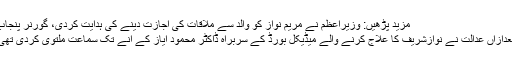
مزید پڑھیں: وزیراعظم نے مریم نواز کو والد سے ملاقات کی اجازت دینے کی ہدایت کردی، گورنر پنجاب
بعدازاں عدالت نے نوازشریف کا علاج کرنے والے میڈیکل بورڈ کے سربراہ ڈاکٹر محمود ایاز کے آنے تک سماعت ملتوی کردی تھی۔